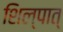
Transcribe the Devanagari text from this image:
शिल्पात्